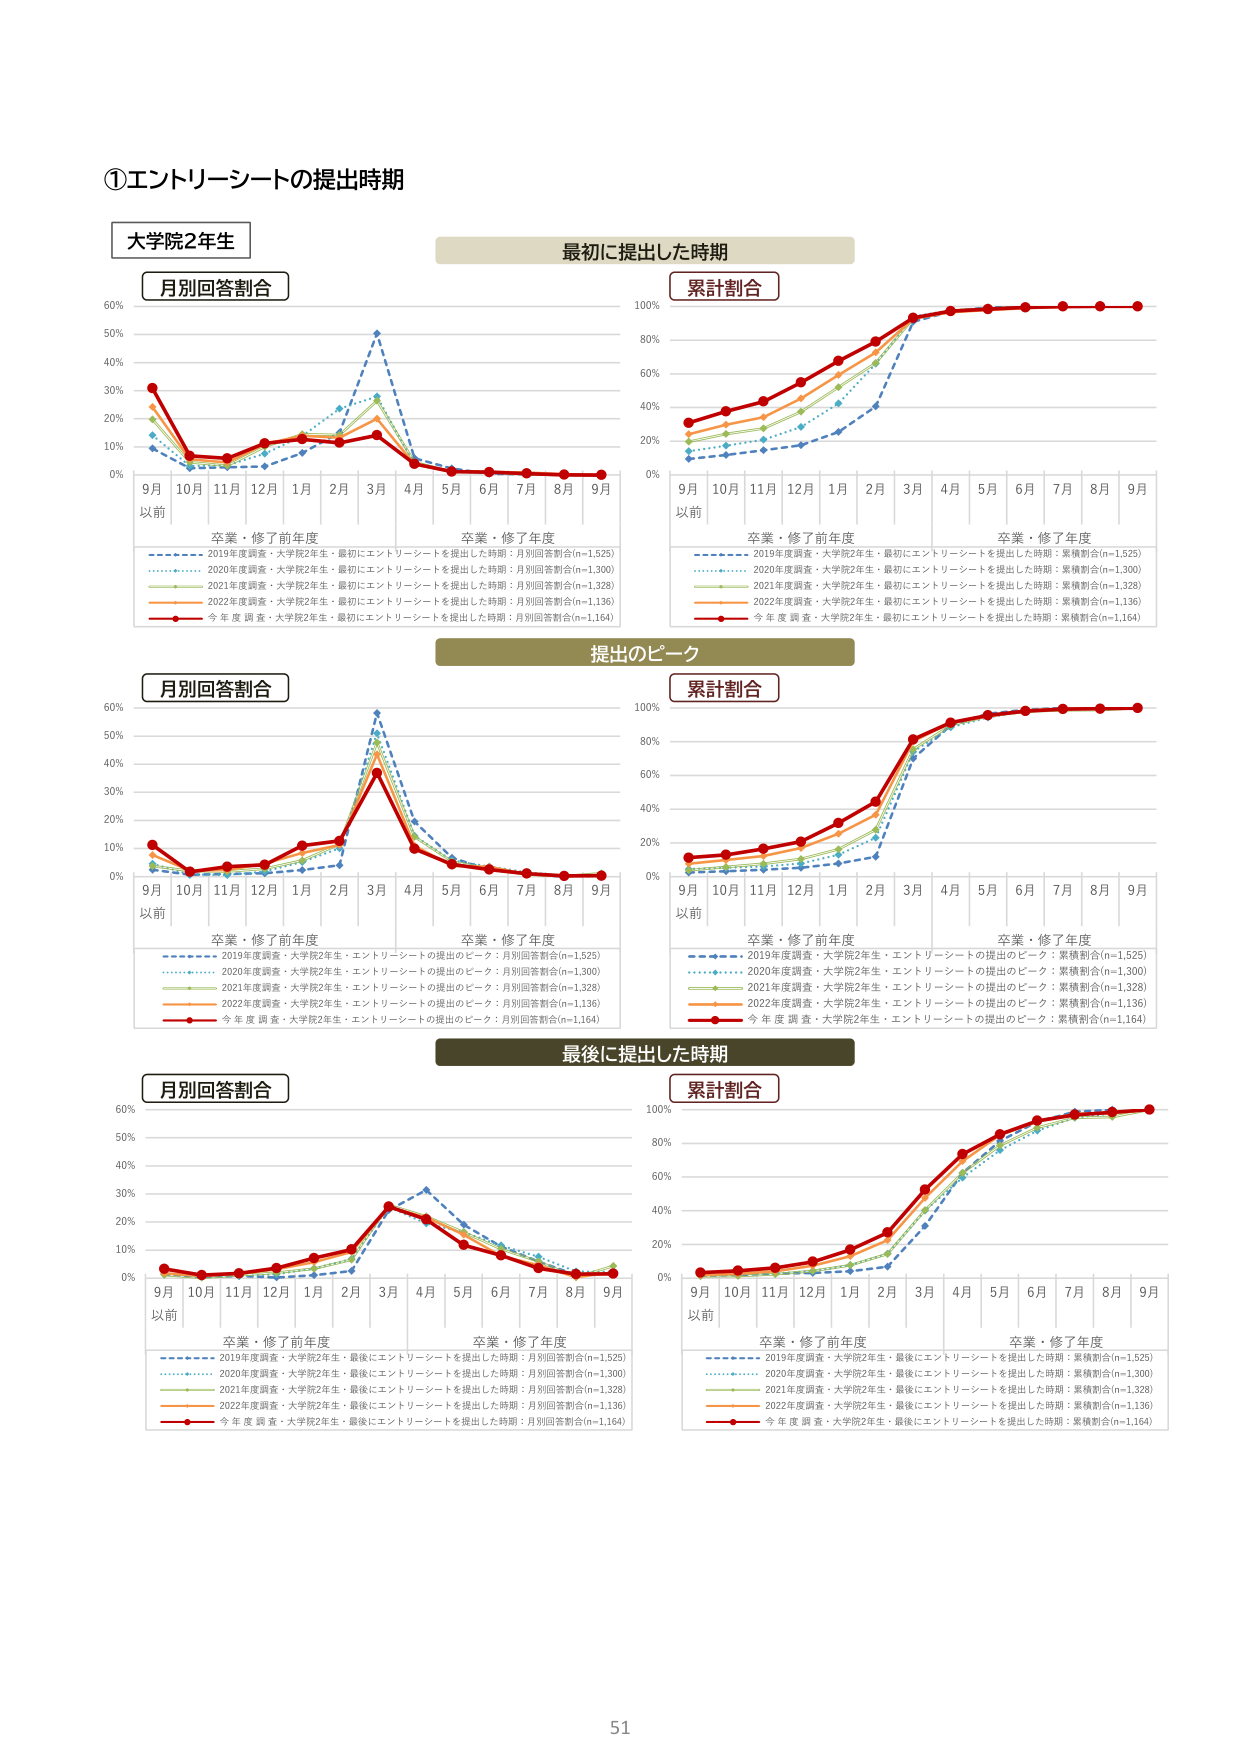
①エントリーシートの提出時期

大学院2年生

月別回答割合
最初に提出した時期
累計割合

9月
以前
10月 11月 12月 1月 2月 3月 4月 5月 6月 7月 8月 9月
卒業・修了前年度
卒業・修了年度

2019年度調査・大学院2年生・最初にエントリーシートを提出した時期：月別回答割合(n=1,525)
2020年度調査・大学院2年生・最初にエントリーシートを提出した時期：月別回答割合(n=1,300)
2021年度調査・大学院2年生・最初にエントリーシートを提出した時期：月別回答割合(n=1,328)
2022年度調査・大学院2年生・最初にエントリーシートを提出した時期：月別回答割合(n=1,136)
今年度調査・大学院2年生・最初にエントリーシートを提出した時期：月別回答割合(n=1,164)

2019年度調査・大学院2年生・最初にエントリーシートを提出した時期：累積割合(n=1,525)
2020年度調査・大学院2年生・最初にエントリーシートを提出した時期：累積割合(n=1,300)
2021年度調査・大学院2年生・最初にエントリーシートを提出した時期：累積割合(n=1,328)
2022年度調査・大学院2年生・最初にエントリーシートを提出した時期：累積割合(n=1,136)
今年度調査・大学院2年生・最初にエントリーシートを提出した時期：累積割合(n=1,164)

月別回答割合
提出のピーク
累計割合

9月
以前
10月 11月 12月 1月 2月 3月 4月 5月 6月 7月 8月 9月
卒業・修了前年度
卒業・修了年度

2019年度調査・大学院2年生・エントリーシートの提出のピーク：月別回答割合(n=1,525)
2020年度調査・大学院2年生・エントリーシートの提出のピーク：月別回答割合(n=1,300)
2021年度調査・大学院2年生・エントリーシートの提出のピーク：月別回答割合(n=1,328)
2022年度調査・大学院2年生・エントリーシートの提出のピーク：月別回答割合(n=1,136)
今年度調査・大学院2年生・エントリーシートの提出のピーク：月別回答割合(n=1,164)

2019年度調査・大学院2年生・エントリーシートの提出のピーク：累積割合(n=1,525)
2020年度調査・大学院2年生・エントリーシートの提出のピーク：累積割合(n=1,300)
2021年度調査・大学院2年生・エントリーシートの提出のピーク：累積割合(n=1,328)
2022年度調査・大学院2年生・エントリーシートの提出のピーク：累積割合(n=1,136)
今年度調査・大学院2年生・エントリーシートの提出のピーク：累積割合(n=1,164)

月別回答割合
最後に提出した時期
累計割合

9月
以前
10月 11月 12月 1月 2月 3月 4月 5月 6月 7月 8月 9月
卒業・修了前年度
卒業・修了年度

2019年度調査・大学院2年生・最後にエントリーシートを提出した時期：月別回答割合(n=1,525)
2020年度調査・大学院2年生・最後にエントリーシートを提出した時期：月別回答割合(n=1,300)
2021年度調査・大学院2年生・最後にエントリーシートを提出した時期：月別回答割合(n=1,328)
2022年度調査・大学院2年生・最後にエントリーシートを提出した時期：月別回答割合(n=1,136)
今年度調査・大学院2年生・最後にエントリーシートを提出した時期：月別回答割合(n=1,164)

2019年度調査・大学院2年生・最後にエントリーシートを提出した時期：累積割合(n=1,525)
2020年度調査・大学院2年生・最後にエントリーシートを提出した時期：累積割合(n=1,300)
2021年度調査・大学院2年生・最後にエントリーシートを提出した時期：累積割合(n=1,328)
2022年度調査・大学院2年生・最後にエントリーシートを提出した時期：累積割合(n=1,136)
今年度調査・大学院2年生・最後にエントリーシートを提出した時期：累積割合(n=1,164)

51